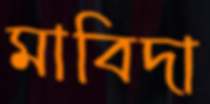
মাবিদা